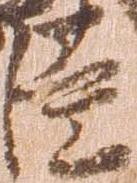
臣